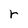
Character: r